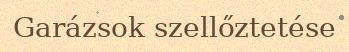
Garázsok szellőztetése